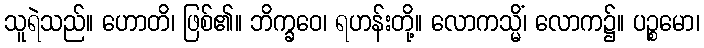
သူရဲသည်။ ဟောတိ၊ ဖြစ်၏။ ဘိက္ခဝေ၊ ရဟန်းတို့။ လောကသ္မိံ၊ လောက၌။ ပဉ္စမော၊